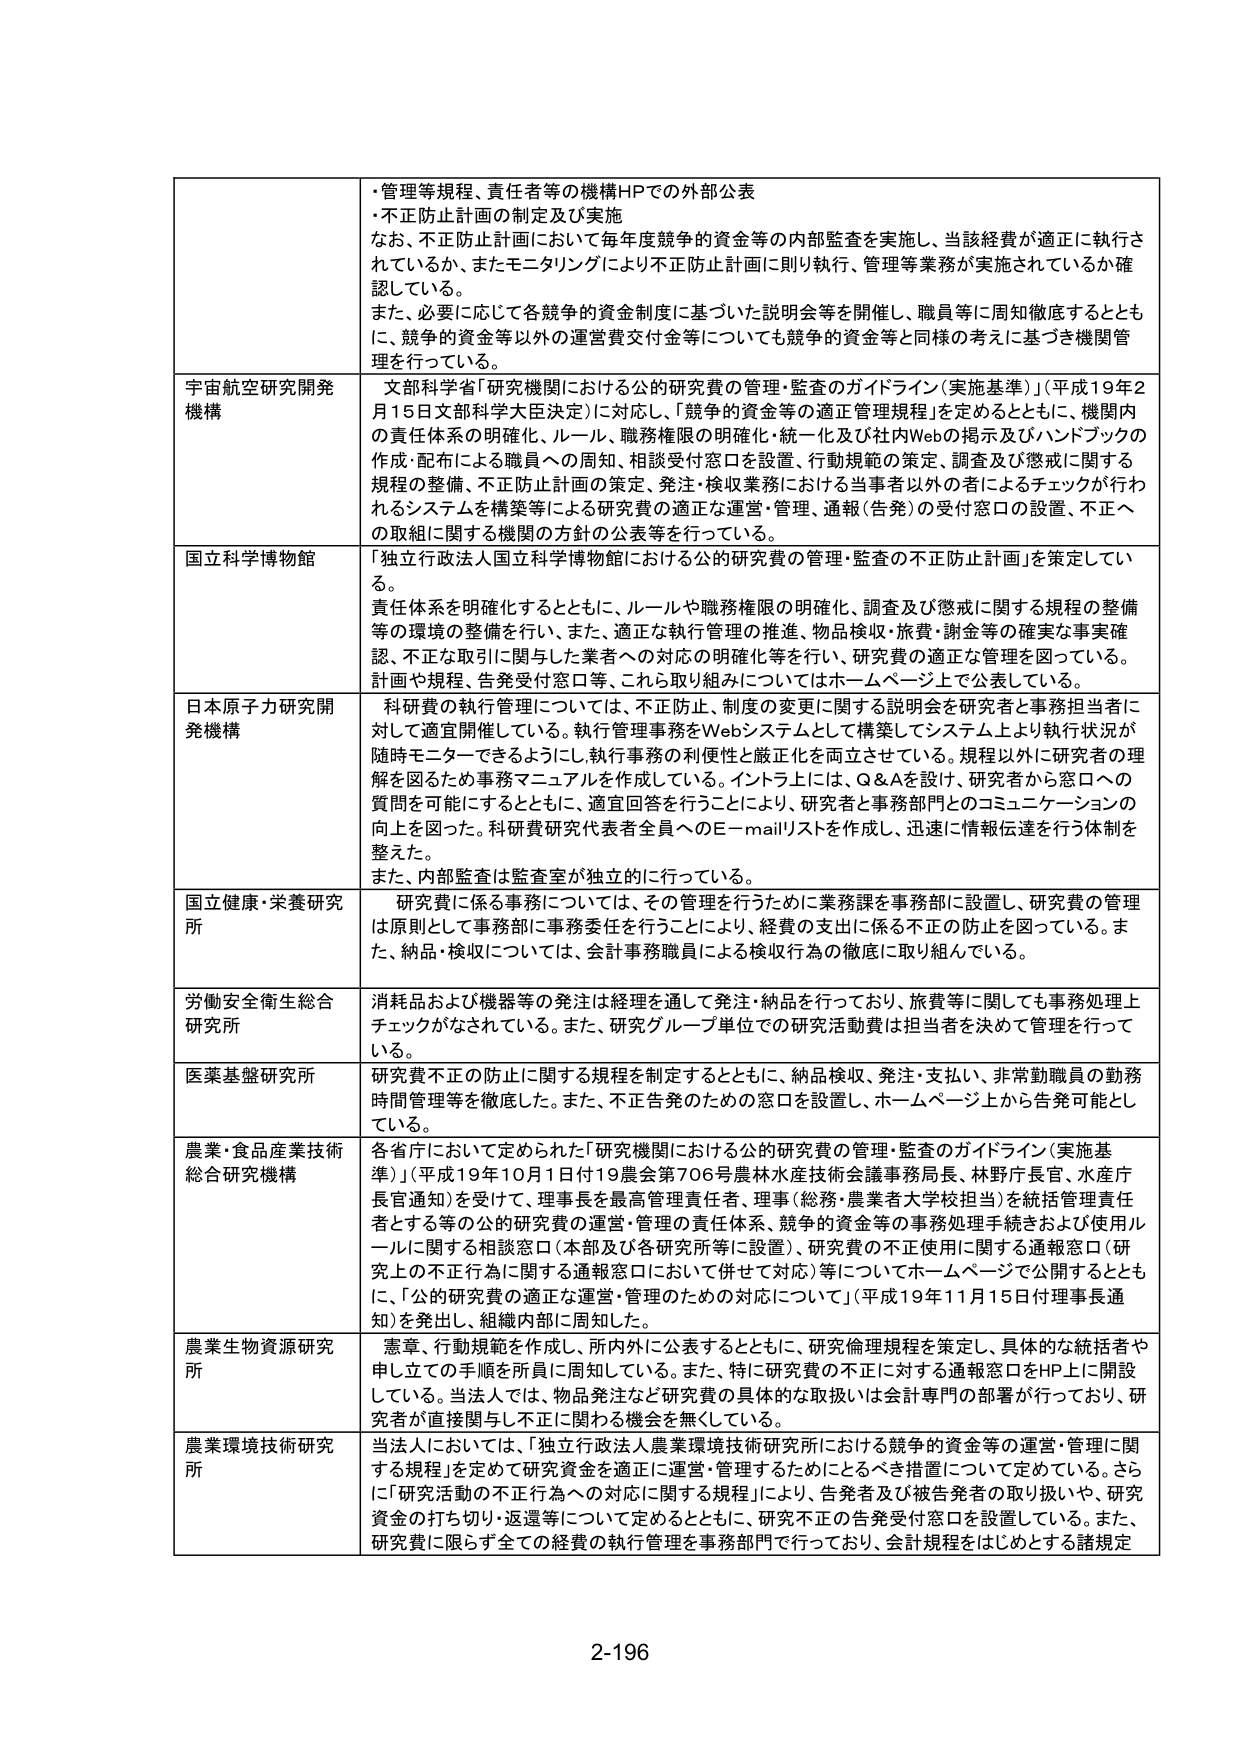
・管理等規程、責任者等の機構HPでの外部公表
・不正防止計画の制定及び実施
なお、不正防止計画において毎年度競争的資金等の内部監査を実施し、当該経費が適正に執行されているか、またモニタリングにより不正防止計画に則り執行、管理等業務が実施されているか確認している。
また、必要に応じて各競争的資金制度に基づいた説明会等を開催し、職員等に周知徹底するとともに、競争的資金等以外の運営費交付金等についても競争的資金等と同様の考えに基づき機関管理を行っている。

宇宙航空研究開発機構
文部科学省「研究機関における公的研究費の管理・監査のガイドライン（実施基準）」（平成19年2月15日文部科学大臣決定）に対応し、「競争的資金等の適正管理規程」を定めるとともに、機関内の責任体系の明確化、ルール、職務権限の明確化・統一化及び社内Webの掲示及びハンドブックの作成・配布による職員への周知、相談受付窓口を設置、行動規範の策定、調査及び懲戒に関する規程の整備、不正防止計画の策定、発注・検収業務における当事者以外の者によるチェックが行われるシステムを構築等による研究費の適正な運営・管理、通報（告発）の受付窓口の設置、不正への取組に関する機関の方針の公表等を行っている。

国立科学博物館
「独立行政法人国立科学博物館における公的研究費の管理・監査の不正防止計画」を策定している。
責任体系を明確化するとともに、ルールや職務権限の明確化、調査及び懲戒に関する規程の整備等の環境の整備を行い、また、適正な執行管理の推進、物品検収・旅費・謝金等の確実な事実確認、不正な取引に関与した業者への対応の明確化等を行い、研究費の適正な管理を図っている。計画や規程、告発受付窓口等、これら取り組みについてはホームページ上で公表している。

日本原子力研究開発機構
科研費の執行管理については、不正防止、制度の変更に関する説明会を研究者と事務担当者に対して適宜開催している。執行管理事務をWebシステムとし、構築してシステム上より執行状況が随時モニターできるようにし、執行事務の利便性と厳正化を両立させている。規程以外に研究者の理解を図るため事務マニュアルを作成している。イントラ上には、Q&Aを設け、研究者から窓口への質問を可能にするとともに、適宜回答を行うことにより、研究者と事務部門とのコミュニケーションの向上を図った。科研費研究代表者全員へのE-mailリストを作成し、迅速に情報伝達を行う体制を整えた。
また、内部監査は監査室が独立的に行っている。

国立健康・栄養研究所
研究費に係る事務については、その管理を行うために業務課を事務部に設置し、研究費の管理は原則として事務部に事務委任を行うことにより、経費の支出に係る不正の防止を図っている。また、納品・検収については、会計事務職員による検収行為の徹底に取り組んでいる。

労働安全衛生総合研究所
消耗品および機器等の発注は経理を通して発注・納品を行っており、旅費等に関しても事務処理上チェックがなされている。また、研究グループ単位での研究活動費は担当者を決めて管理を行っている。

医薬基盤研究所
研究費不正の防止に関する規程を制定するとともに、納品検収、発注・支払い、非常勤職員の勤務時間管理等を徹底した。また、不正告発のための窓口を設置し、ホームページ上から告発可能としている。

農業・食品産業技術総合研究機構
各省庁において定められた「研究機関における公的研究費の管理・監査のガイドライン（実施基準）」（平成19年10月1日付19農会第706号農林水産技術会議事務局長、林野庁長官、水産庁長官通知）を受けて、理事長を最高管理責任者、理事（総務・農業者大学校担当）を統括管理責任者とする等の公的研究費の運営・管理の責任体系、競争的資金等の事務処理手続きおよび使用ルールに関する相談窓口（本部及び各研究所等に設置）、研究費の不正使用に関する通報窓口（研究上の不正行為に関する通報窓口において併せて対応）等についてホームページで公開するとともに、「公的研究費の適正な運営・管理のための対応について」（平成19年11月15日付理事長通知）を発出し、組織内部に周知した。

農業生物資源研究所
憲章、行動規範を作成し、所内外に公表するとともに、研究倫理規程を策定し、具体的な統括者や申し立ての手順を所員に周知している。また、特に研究費の不正に対する通報窓口をHP上に開設している。当法人では、物品発注など研究費の具体的な取扱いは会計専門の部署が行っており、研究者が直接関与し不正に関わる機会を無くしている。

農業環境技術研究所
当法人においては、「独立行政法人農業環境技術研究所における競争的資金等の運営・管理に関する規程」を定めて研究資金を適正に運営・管理するためにとるべき措置について定めている。さらに「研究活動の不正行為への対応に関する規程」により、告発者及び被告発者の取り扱いや、研究資金の打ち切り・返還等について定めるとともに、研究不正の告発受付窓口を設置している。また、研究費に限らず全ての経費の執行管理を事務部門で行っており、会計規程をはじめとする諸規定

2-196